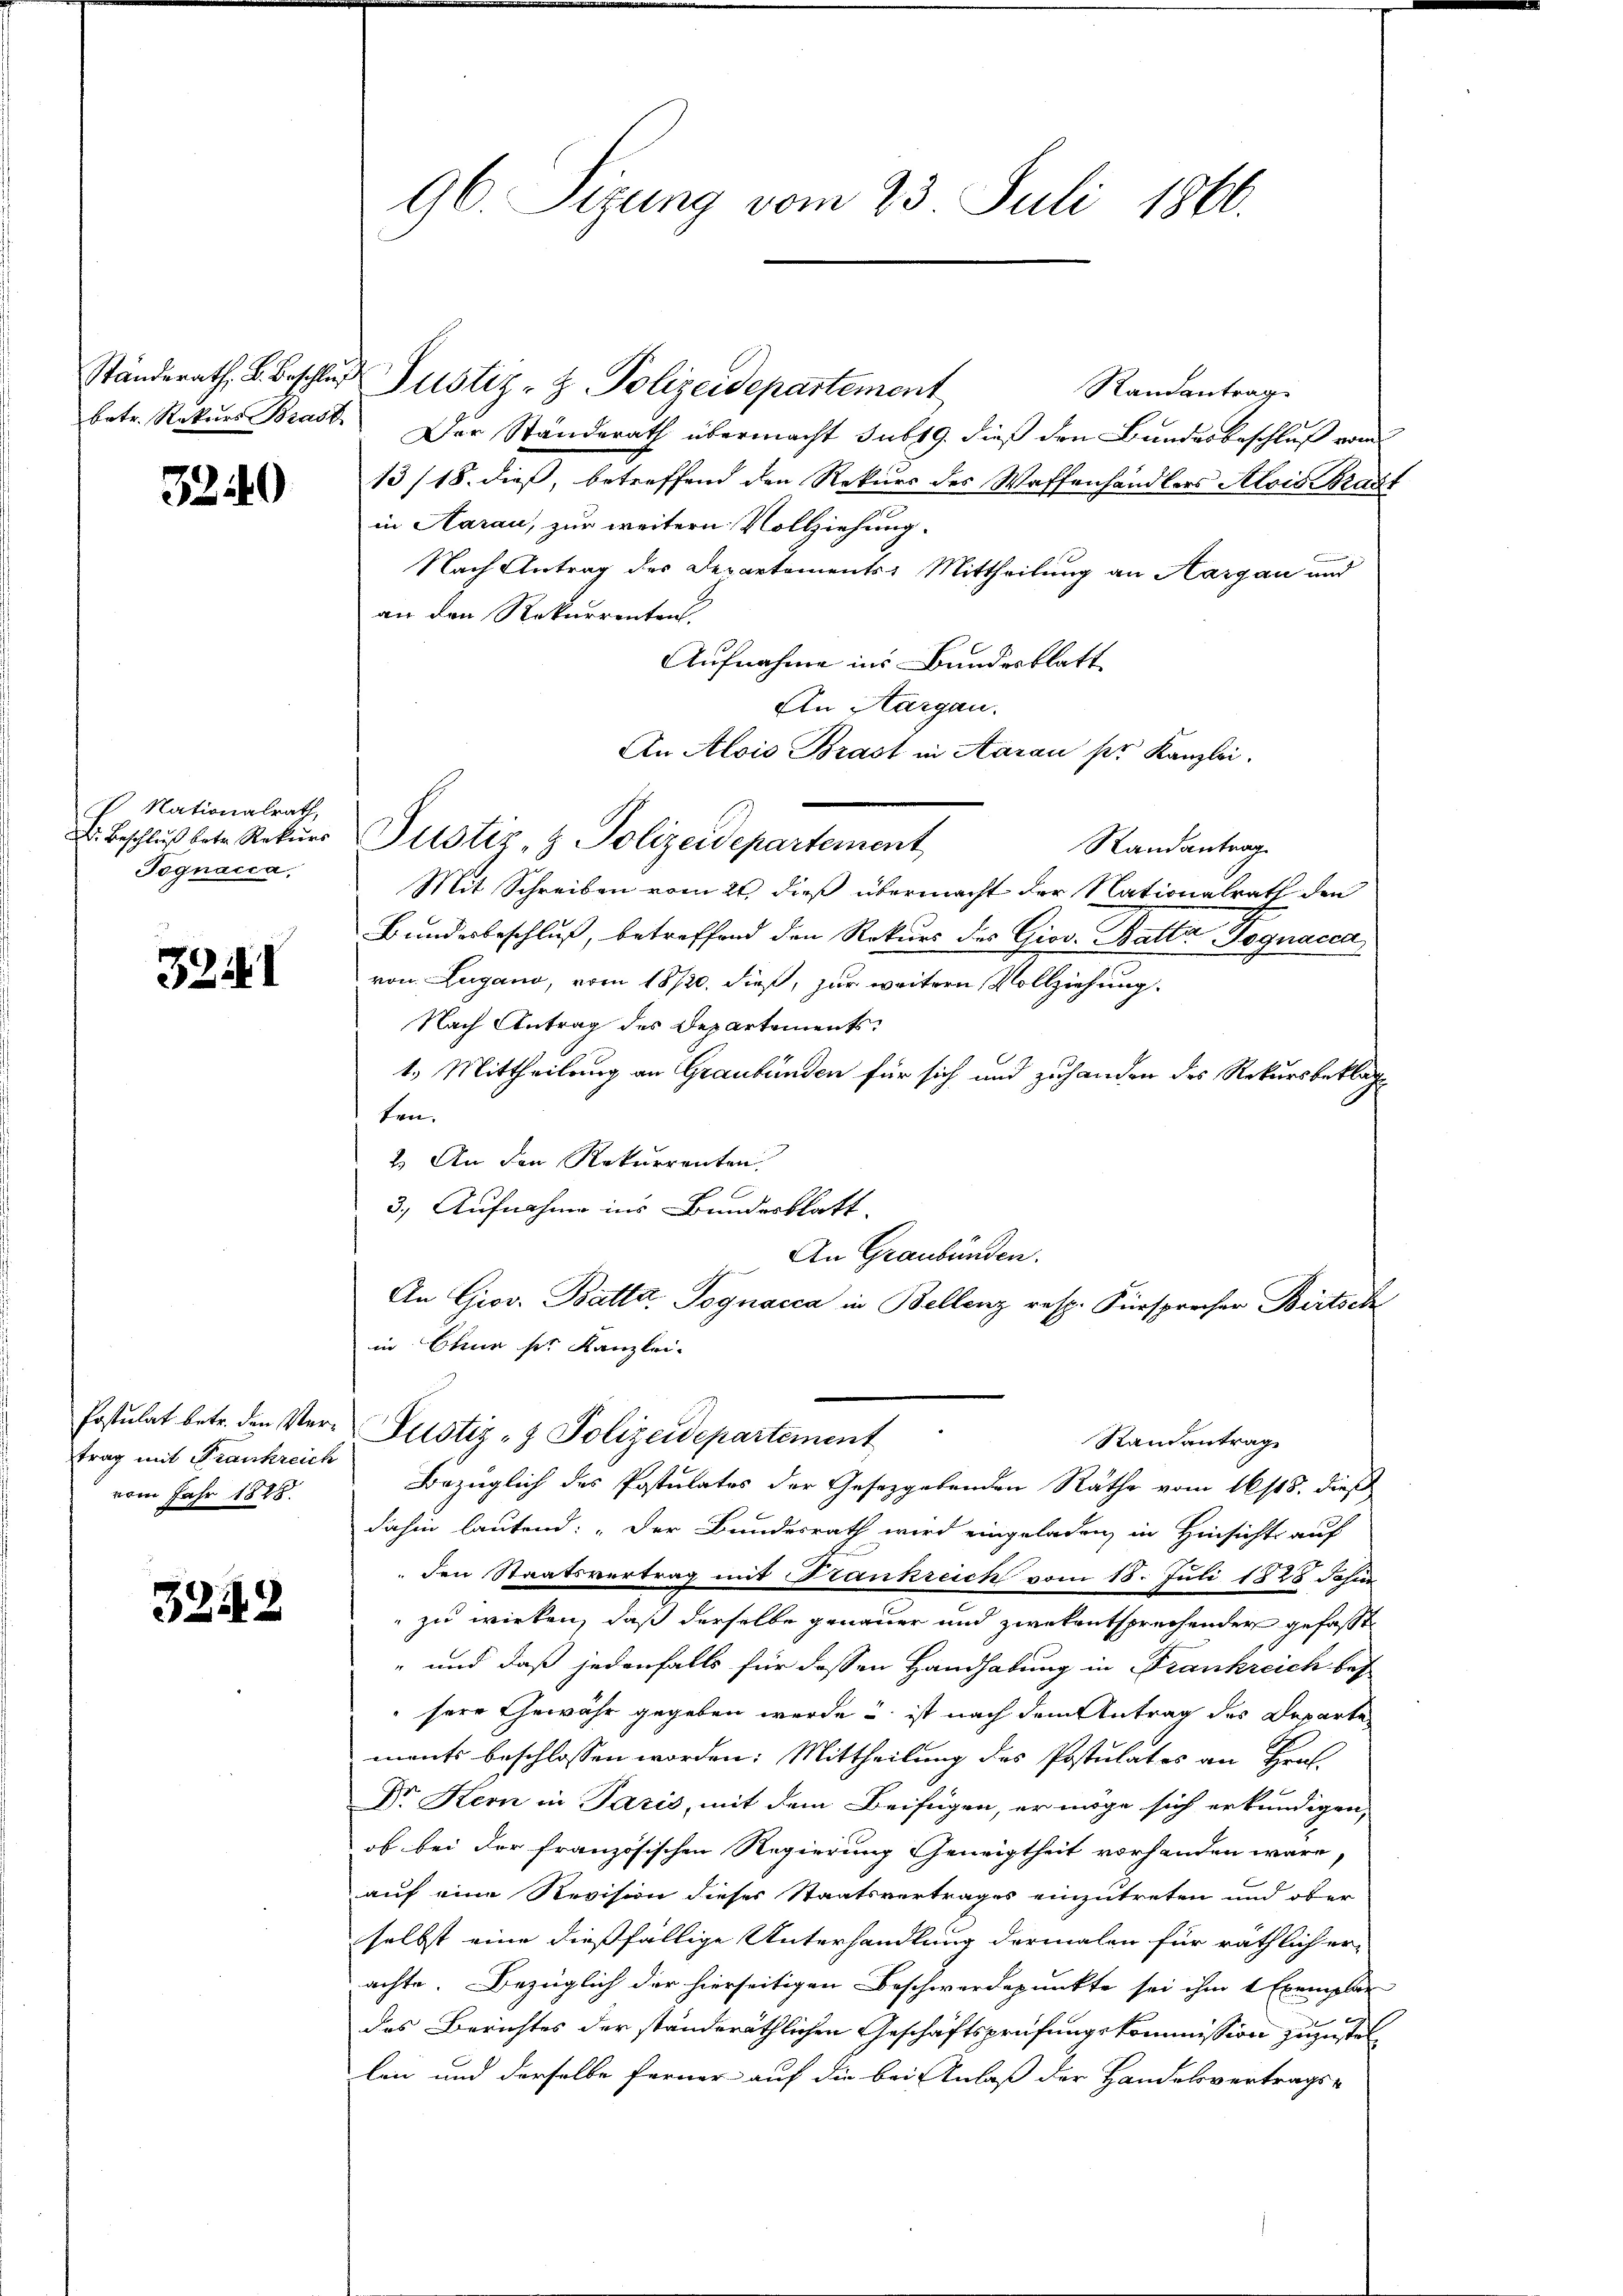
betr. Rekurs Brast

3240

P Nationalrath,
Tognacca,

3241

Postulat betr. den Vertrag mit Frankreich
vom Jahr 1888.

3242

96. Sizung vom 23. Juli 1860.

Ständerath B. Beschluß Justiz- & Polizeidepartement
Randantrage
Der Standerath übermacht sub 19. dieß den Bundesbeschluß vom
13/18. dieß, betreffend den Rekurs des Waffenhändlers Alois Braut
in Aarau, zur weitern Vollziehung.
Nach Antrag des Departements-Mittheilung an Hargau und
an den Rekurrenten.
Aufnahme ins Bundesblatt
An Aargau.
An Alois Brast in Aarau ser Kanzlei.
Randantrag
Mit Schreiben vom 21. dieß übermacht der Nationalrath den
Bundesbeschluß, betreffend den Rekurs des Giov. Batta Pognacca
von Zugano, vom 18720. dieß, zur weiteren Vollziehung
Nach Antrag des Departements
1.) Mittheilung an Graubünden für sich und zuhanden des Rekursbeklag
ten.
2.) An den Rekurrenten,
3.) Aufnahme ins Bundesblatt.
An Graubünden.
s
An Grov. Batte. Pognacca in Bellenz resp. Fürsprecher Bertsch
in Chur der Kanzlei-
Justiz- & Polizeidepartement
Randantrag
Bezüglich des Postulates der Gesetzgebenden Räthe vom 16/18. dieß
dahin lautend: „Der Bundesrath wird eingeladen, in Hinsicht auf
" den Staatsvertrag mit Frankreich vom 18. Juli 1828 Jahr
zu wirken, daß derselbe genauer und zwekentsprechender gefaßt
" und daß jedenfalls für dessen Handhabung in Frankreich bes
sere Gewähr gegeben werde u. ist nach dem Antrag des Departe
ments beschlossen worden: Mittheilung des Postulates an Hrn.
Dr Kern in Paris, mit dem Beifügen, er möge sich erkundigen,
of bei der französischen Regierung Geneigtheit vorhanden wäre,
auf eine Revision dieses Staatsvertrages einzutreten und ober
selbst eine dießfällige Unterhandlung dermalen für räthlich er-
achte. Bezüglich der hierseitigen Beschwerdepunkte sei ihm 1 Exemplar
das Berichtes der ständeräthlichen Geschäftsprüfungskommission zuzustellen und derselbe ferner auf die bei Anlaß der Handelsvertrags-

D. Beschlŭβ betr. Rekŭrs Pustiz- & Polizeidepartement